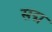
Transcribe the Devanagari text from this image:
सद्म